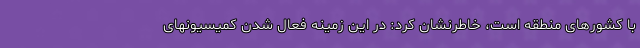
با کشورهای منطقه است، خاطرنشان کرد: در این زمینه فعال شدن کمیسیونهای